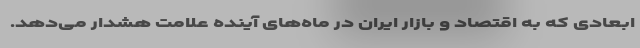
ابعادی که به اقتصاد و بازار ایران در ماه‌های آینده علامت هشدار می‌دهد.